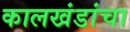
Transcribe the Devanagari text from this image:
कालखंडांचा